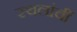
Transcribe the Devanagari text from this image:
स्थलांचीं